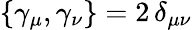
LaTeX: \{ \gamma_{\mu},\gamma_{\nu}\} =2\, \delta_{\mu\nu}